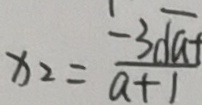
x _ { 2 } = \frac { - 3 \sqrt { a } } { a + 1 }